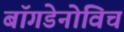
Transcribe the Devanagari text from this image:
बॉगडेनोविच